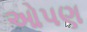
ઓપણ